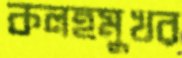
কলহমুখর